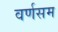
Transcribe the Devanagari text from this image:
वर्णसम